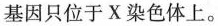
基因只位于X染色体上。